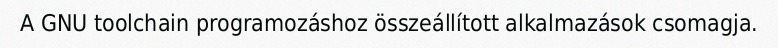
A GNU toolchain programozáshoz összeállított alkalmazások csomagja.